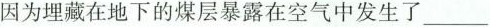
因为埋藏在地下的煤层暴露在空气中发生了___